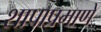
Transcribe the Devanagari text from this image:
शापाप्रमाणे